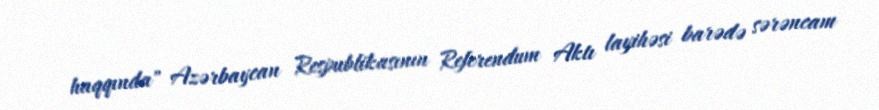
haqqında" Azərbaycan Respublikasının Referendum Aktı layihəsi barədə sərəncam